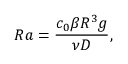
R a = \frac { c _ { 0 } \beta R ^ { 3 } g } { \nu D } \mathrm { , }